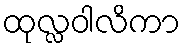
ထုလ္လဝါလိကာ